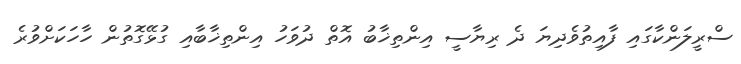
ސްރީލަންކާގައި ފާއިތުވެދިޔަ ދެ ރިޔާސީ އިންތިޚާބު އޮތް ދުވަހު އިންތިޚާބާއި ގުޅޭގޮތުން ހާހަކަށްވުރެ